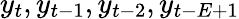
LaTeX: y_{t},y_{t-1},y_{t-2},y_{t-E+1}